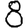
Digit: 8